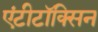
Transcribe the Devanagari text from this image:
एंटीटॉक्सिन